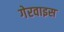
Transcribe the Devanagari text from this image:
गेरवाइस